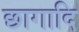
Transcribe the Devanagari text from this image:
छागादि